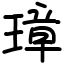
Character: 璋